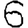
Digit: 6